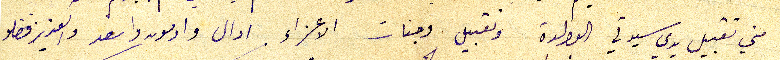
مني تقبيل يدي سيدتي الوالدة وتقبيل وجنات الاعزاء ادال وادمون واسعد والعزيز فضلو